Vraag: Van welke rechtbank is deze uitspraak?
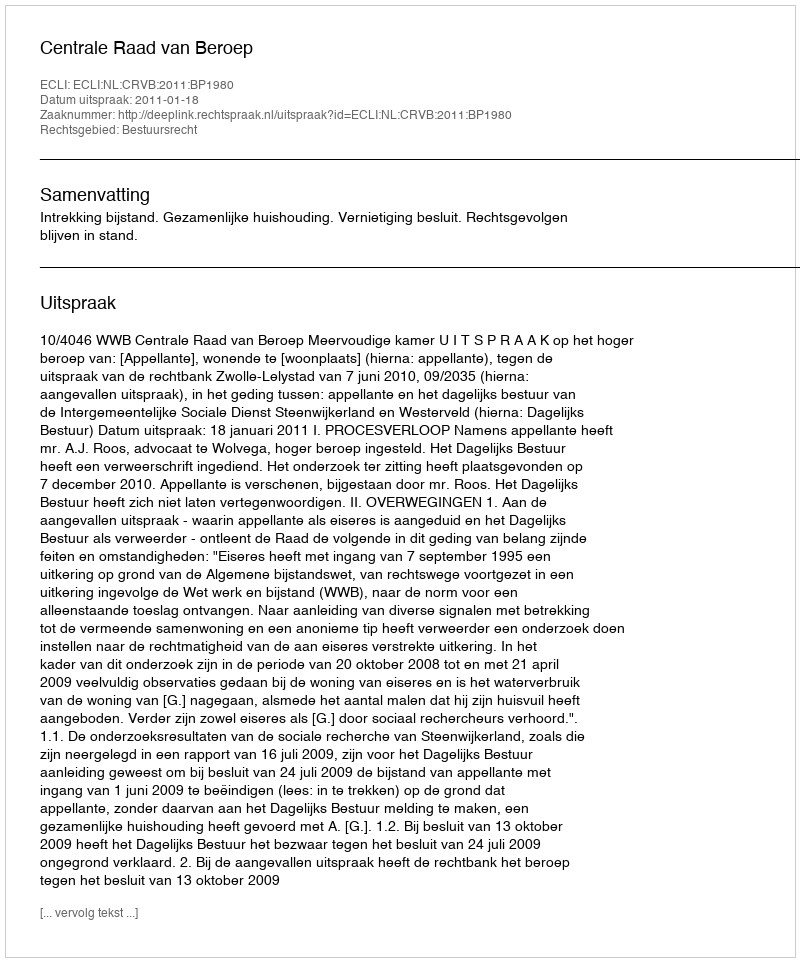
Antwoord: Centrale Raad van Beroep